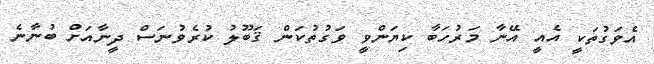
އެވަގުތަކީ އެއީ އޭނާ މަރުހަބާ ކިޔަންވީ ވަގުތުކަން ޤަބޫލު ކުރެވުނަސް ދީނާއަށް ބުނާނެ